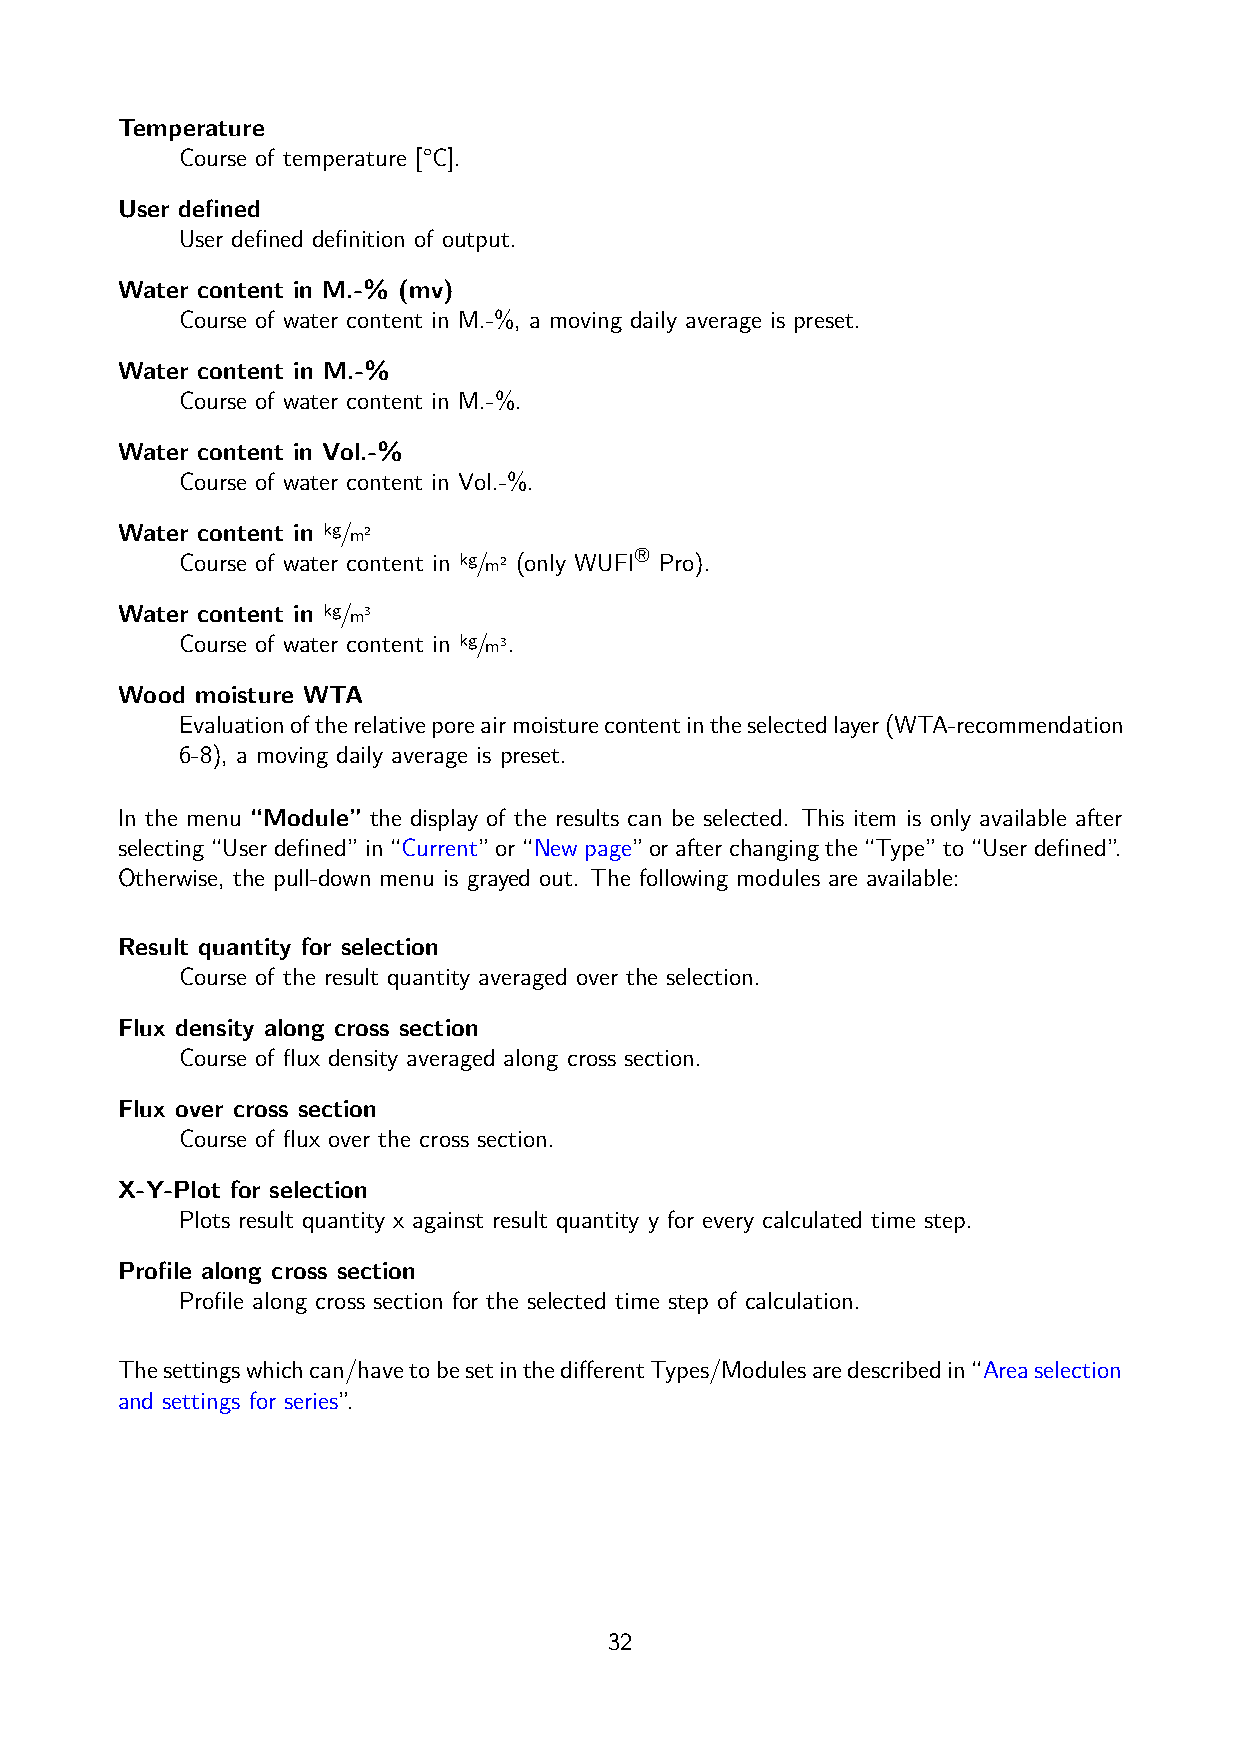
Temperature
 Course of temperature [°C].
 User defined
 User defined definition of output.
 Water content in M.-% (mv)
 Course of water content in M.-%, a moving daily average is preset.
 Water content in M.-%
 Course of water content in M.-%.
 Water content in Vol.-%
 Course of water content in Vol.-%.
 Water content in kg/m2
 ®
 Course of water content in kg/m2 (only WUFI Pro).
 Water content in kg/m3
 Course of water content in kg/m3.
 Wood moisture WTA
 Evaluationoftherelativeporeairmoisturecontentintheselectedlayer(WTA-recommendation
 6-8), a moving daily average is preset.
 In the menu “Module” the display of the results can be selected. This item is only available after
 selecting “User defined” in “Current” or “New page” or after changing the “Type” to “User defined”.
 Otherwise, the pull-down menu is grayed out. The following modules are available:
 Result quantity for selection
 Course of the result quantity averaged over the selection.
 Flux density along cross section
 Course of flux density averaged along cross section.
 Flux over cross section
 Course of flux over the cross section.
 X-Y-Plot for selection
 Plots result quantity x against result quantity y for every calculated time step.
 Profile along cross section
 Profile along cross section for the selected time step of calculation.
 Thesettingswhichcan/havetobesetinthedifferentTypes/Modulesaredescribedin“Areaselection
 and settings for series”.
 32